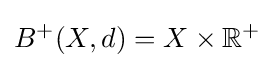
B^{+}(X,d)=X\times \mathbb {R} ^{+}